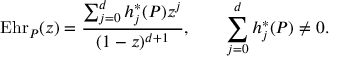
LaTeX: \operatorname { E h r } _ { P } ( z ) = { \frac { \sum _ { j = 0 } ^ { d } h _ { j } ^ { \ast } ( P ) z ^ { j } } { ( 1 - z ) ^ { d + 1 } } } , \qquad \sum _ { j = 0 } ^ { d } h _ { j } ^ { \ast } ( P ) \neq 0 .